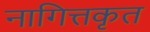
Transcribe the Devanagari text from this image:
नागित्तकृत